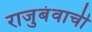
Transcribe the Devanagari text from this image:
राजुबंवाची